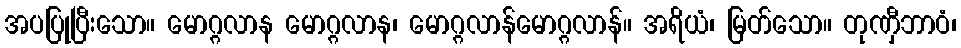
အပပြုပြီးသော။ မောဂ္ဂလာန မောဂ္ဂလာန၊ မောဂ္ဂလာန်မောဂ္ဂလာန်။ အရိယံ၊ မြတ်သော။ တုဏှီဘာဝံ၊